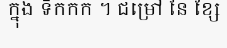
ក្នុង ទឹកកក ។ ជម្រៅ នៃ ខ្សែ